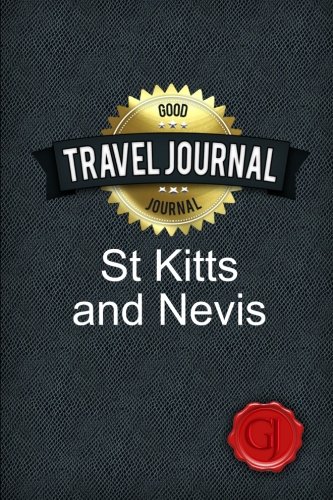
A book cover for Travel Journal St Kitts and Nevis; Good Journal; Travel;